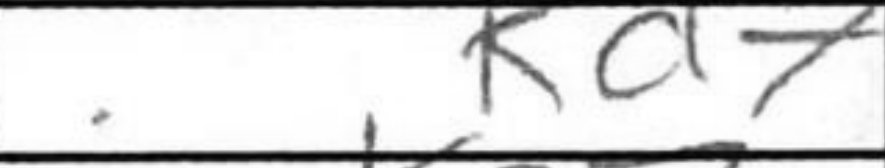
Transcription: Kd7